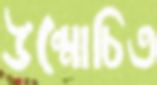
উন্মোচিত